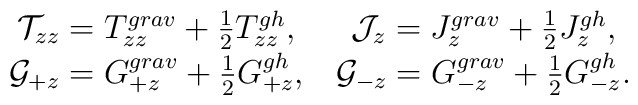
\matrix{{\cal T}_{zz}=T_{zz}^{grav}+{1\over 2}T_{zz}^{gh},&{\cal J}_{z}=J_{z}^{grav}+{1\over 2}J_{z}^{gh},\cr{\cal G}_{+z}={G}_{+z}^{grav}+{1\over 2}{G}_{+z}^{gh},&{\cal G}_{-z}=G_{-z}^{grav}+{1\over 2}G_{-z}^{gh}.}